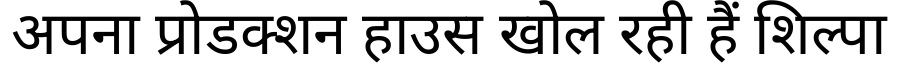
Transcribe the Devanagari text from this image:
अपना प्रोडक्शन हाउस खोल रही हैं शिल्पा